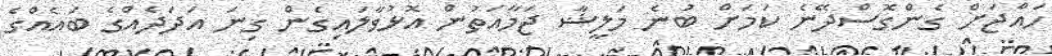
ހައްޖަށް ގެންގޮސްދޭނެ ކަމަށް ބުނެ މަލީޝާ ޖަމާއަތުން އޮޅުވާލައިގެން ގިނަ އަދަދެއްގެ ބައެއްގެ